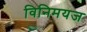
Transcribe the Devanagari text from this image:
विनिमयज